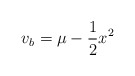
\begin{align*}v_b = \mu - {1\over 2} x^2 \end{align*}